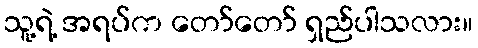
သူ့ရဲ့ အရပ်က တော်တော် ရှည်ပါသလား။